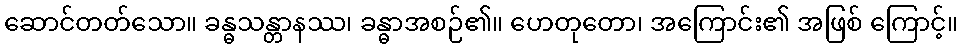
ဆောင်တတ်သော။ ခန္ဓသန္တာနဿ၊ ခန္ဓာအစဉ်၏။ ဟေတုတော၊ အကြောင်း၏ အဖြစ် ကြောင့်။